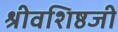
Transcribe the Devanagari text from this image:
श्रीवशिष्ठजी